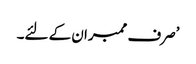
’صرف ممبران کے لئے۔